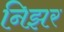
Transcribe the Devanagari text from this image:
निझर